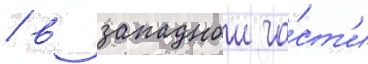
/ в западнои ча́ст'и